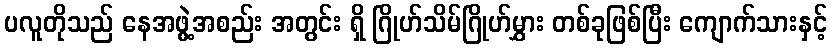
ပလူတိုသည် နေအဖွဲ့အစည်း အတွင်း ရှိ ဂြိုဟ်သိမ်ဂြိုဟ်မွှား တစ်ခုဖြစ်ပြီး ကျောက်သားနှင့်